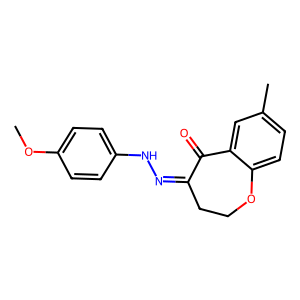
SMILES: COc1ccc(NN=C2CCOc3ccc(C)cc3C2=O)cc1
Inhibits HIV replication: No